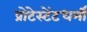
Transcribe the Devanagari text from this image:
प्रोटेस्टेंटधर्मी